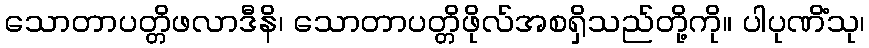
သောတာပတ္တိဖလာဒီနိ၊ သောတာပတ္တိဖိုလ်အစရှိသည်တို့ကို။ ပါပုဏိံသု၊